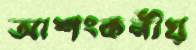
আশংকনীয়